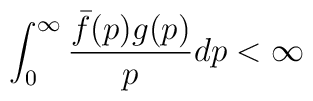
\int_{0}^{\infty}\frac{\bar{f}(p)g(p)}{p}dp<\infty